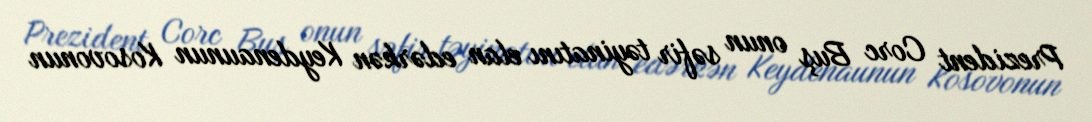
Prezident Corc Buş onun səfir təyinatını elan edərkən Keydenaunun Kosovonun